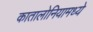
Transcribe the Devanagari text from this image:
कातालोनियामध्ये